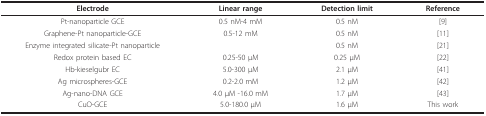
<table><thead><tr><td><b>Electrode</b></td><td><b>Linear range</b></td><td><b>Detection limit</b></td><td><b>Reference</b></td></tr></thead><tbody><tr><td>Pt-nanoparticle GCE</td><td>0.5 nM-4 mM</td><td>0.5 nM</td><td>[9]</td></tr><tr><td>Graphene-Pt nanoparticle-GCE</td><td>0.5-12 mM</td><td>0.5 nM</td><td>[11]</td></tr><tr><td>Enzyme integrated silicate-Pt nanoparticle</td><td></td><td>0.5 nM</td><td>[21]</td></tr><tr><td>Redox protein based EC</td><td>0.25-50 μM</td><td>0.25 μM</td><td>[22]</td></tr><tr><td>Hb-kieselgubr EC</td><td>5.0-300 μM</td><td>2.1 μM</td><td>[41]</td></tr><tr><td>Ag microspheres-GCE</td><td>0.2-2.0 mM</td><td>1.2 μM</td><td>[42]</td></tr><tr><td>Ag-nano-DNA GCE</td><td>4.0 μM -16.0 mM</td><td>1.7 μM</td><td>[43]</td></tr><tr><td>CuO-GCE</td><td>5.0-180.0 μM</td><td>1.6 μM</td><td>This work</td></tr></tbody></table>